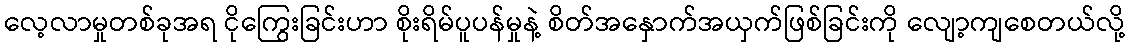
လေ့လာမှုတစ်ခုအရ ငိုကြွေးခြင်းဟာ စိုးရိမ်ပူပန်မှုနဲ့ စိတ်အနှောက်အယှက်ဖြစ်ခြင်းကို လျော့ကျစေတယ်လို့